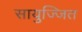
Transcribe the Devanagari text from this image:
सायुज्जित